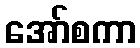
အော်စကာ